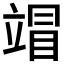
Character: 𰩦